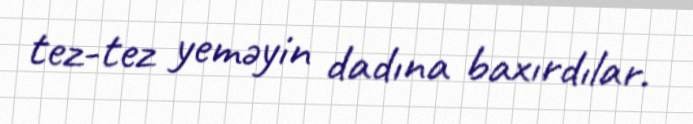
tez-tez yeməyin dadına baxırdılar.